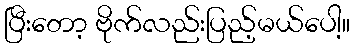
ပြီးတော့ ဗိုက်လည်းပြည့်မယ်ပေါ့။